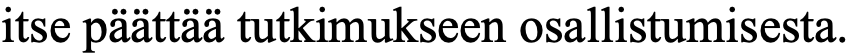
itse päättää tutkimukseen osallistumisesta.